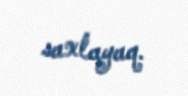
saxlayaq.